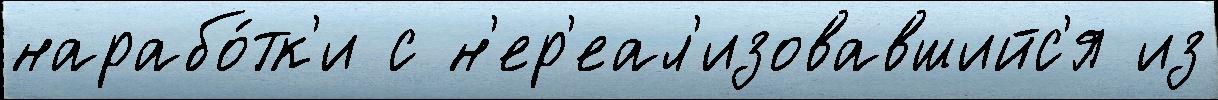
нарабо́тк'и с н'ер'еал'изовавшийс'я из